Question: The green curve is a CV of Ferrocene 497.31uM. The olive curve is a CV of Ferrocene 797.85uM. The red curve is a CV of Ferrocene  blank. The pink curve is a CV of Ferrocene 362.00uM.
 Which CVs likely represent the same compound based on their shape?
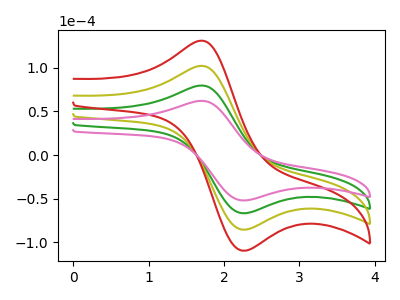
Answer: <think>The green curve "Ferrocene 497.31uM" has an anodic peak at (1.70V, 79.60uA) and a cathodic peak at (2.30V, -66.45uA). The olive curve "Ferrocene 797.85uM" has an anodic peak at (1.70V, 159.20uA) and a cathodic peak at (2.30V, -132.90uA). The red curve "Ferrocene  blank" has an anodic peak at (1.70V, 238.80uA) and a cathodic peak at (2.30V, -199.35uA). The pink curve "Ferrocene 362.00uM" has an anodic peak at (1.70V, 62.10uA) and a cathodic peak at (2.30V, -51.80uA).
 All the peaks in "Ferrocene 497.31uM" have a peak in "Ferrocene 797.85uM" at the same potential. Every peak in "Ferrocene 497.31uM" is lower than every peak in "Ferrocene 797.85uM". All the peaks in "Ferrocene 497.31uM" have a peak in "Ferrocene  blank" at the same potential. Every peak in "Ferrocene 497.31uM" is lower than every peak in "Ferrocene  blank". All the peaks in "Ferrocene 497.31uM" have a peak in "Ferrocene 362.00uM" at the same potential. Every peak in "Ferrocene 497.31uM" is higher than every peak in "Ferrocene 362.00uM". All the peaks in "Ferrocene 797.85uM" have a peak in "Ferrocene  blank" at the same potential. Every peak in "Ferrocene 797.85uM" is lower than every peak in "Ferrocene  blank". All the peaks in "Ferrocene 797.85uM" have a peak in "Ferrocene 362.00uM" at the same potential. Every peak in "Ferrocene 797.85uM" is higher than every peak in "Ferrocene 362.00uM". All the peaks in "Ferrocene  blank" have a peak in "Ferrocene 362.00uM" at the same potential. Every peak in "Ferrocene  blank" is higher than every peak in "Ferrocene 362.00uM".</think>
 <answer>"Ferrocene 362.00uM", "Ferrocene 497.31uM", "Ferrocene 797.85uM" and "Ferrocene  blank" have the same shape and are likely CV's of the same chemical.</answer>
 <eval>"Ferrocene 362.00uM" "Ferrocene 497.31uM" "Ferrocene 797.85uM" "Ferrocene  blank"</eval>